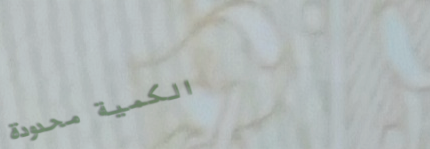
الكمية محدودة